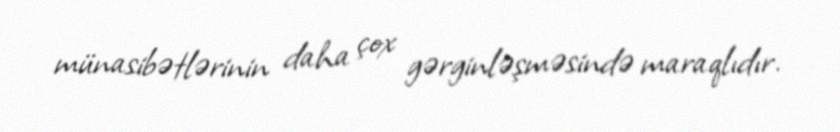
münasibətlərinin daha çox gərginləşməsində maraqlıdır.